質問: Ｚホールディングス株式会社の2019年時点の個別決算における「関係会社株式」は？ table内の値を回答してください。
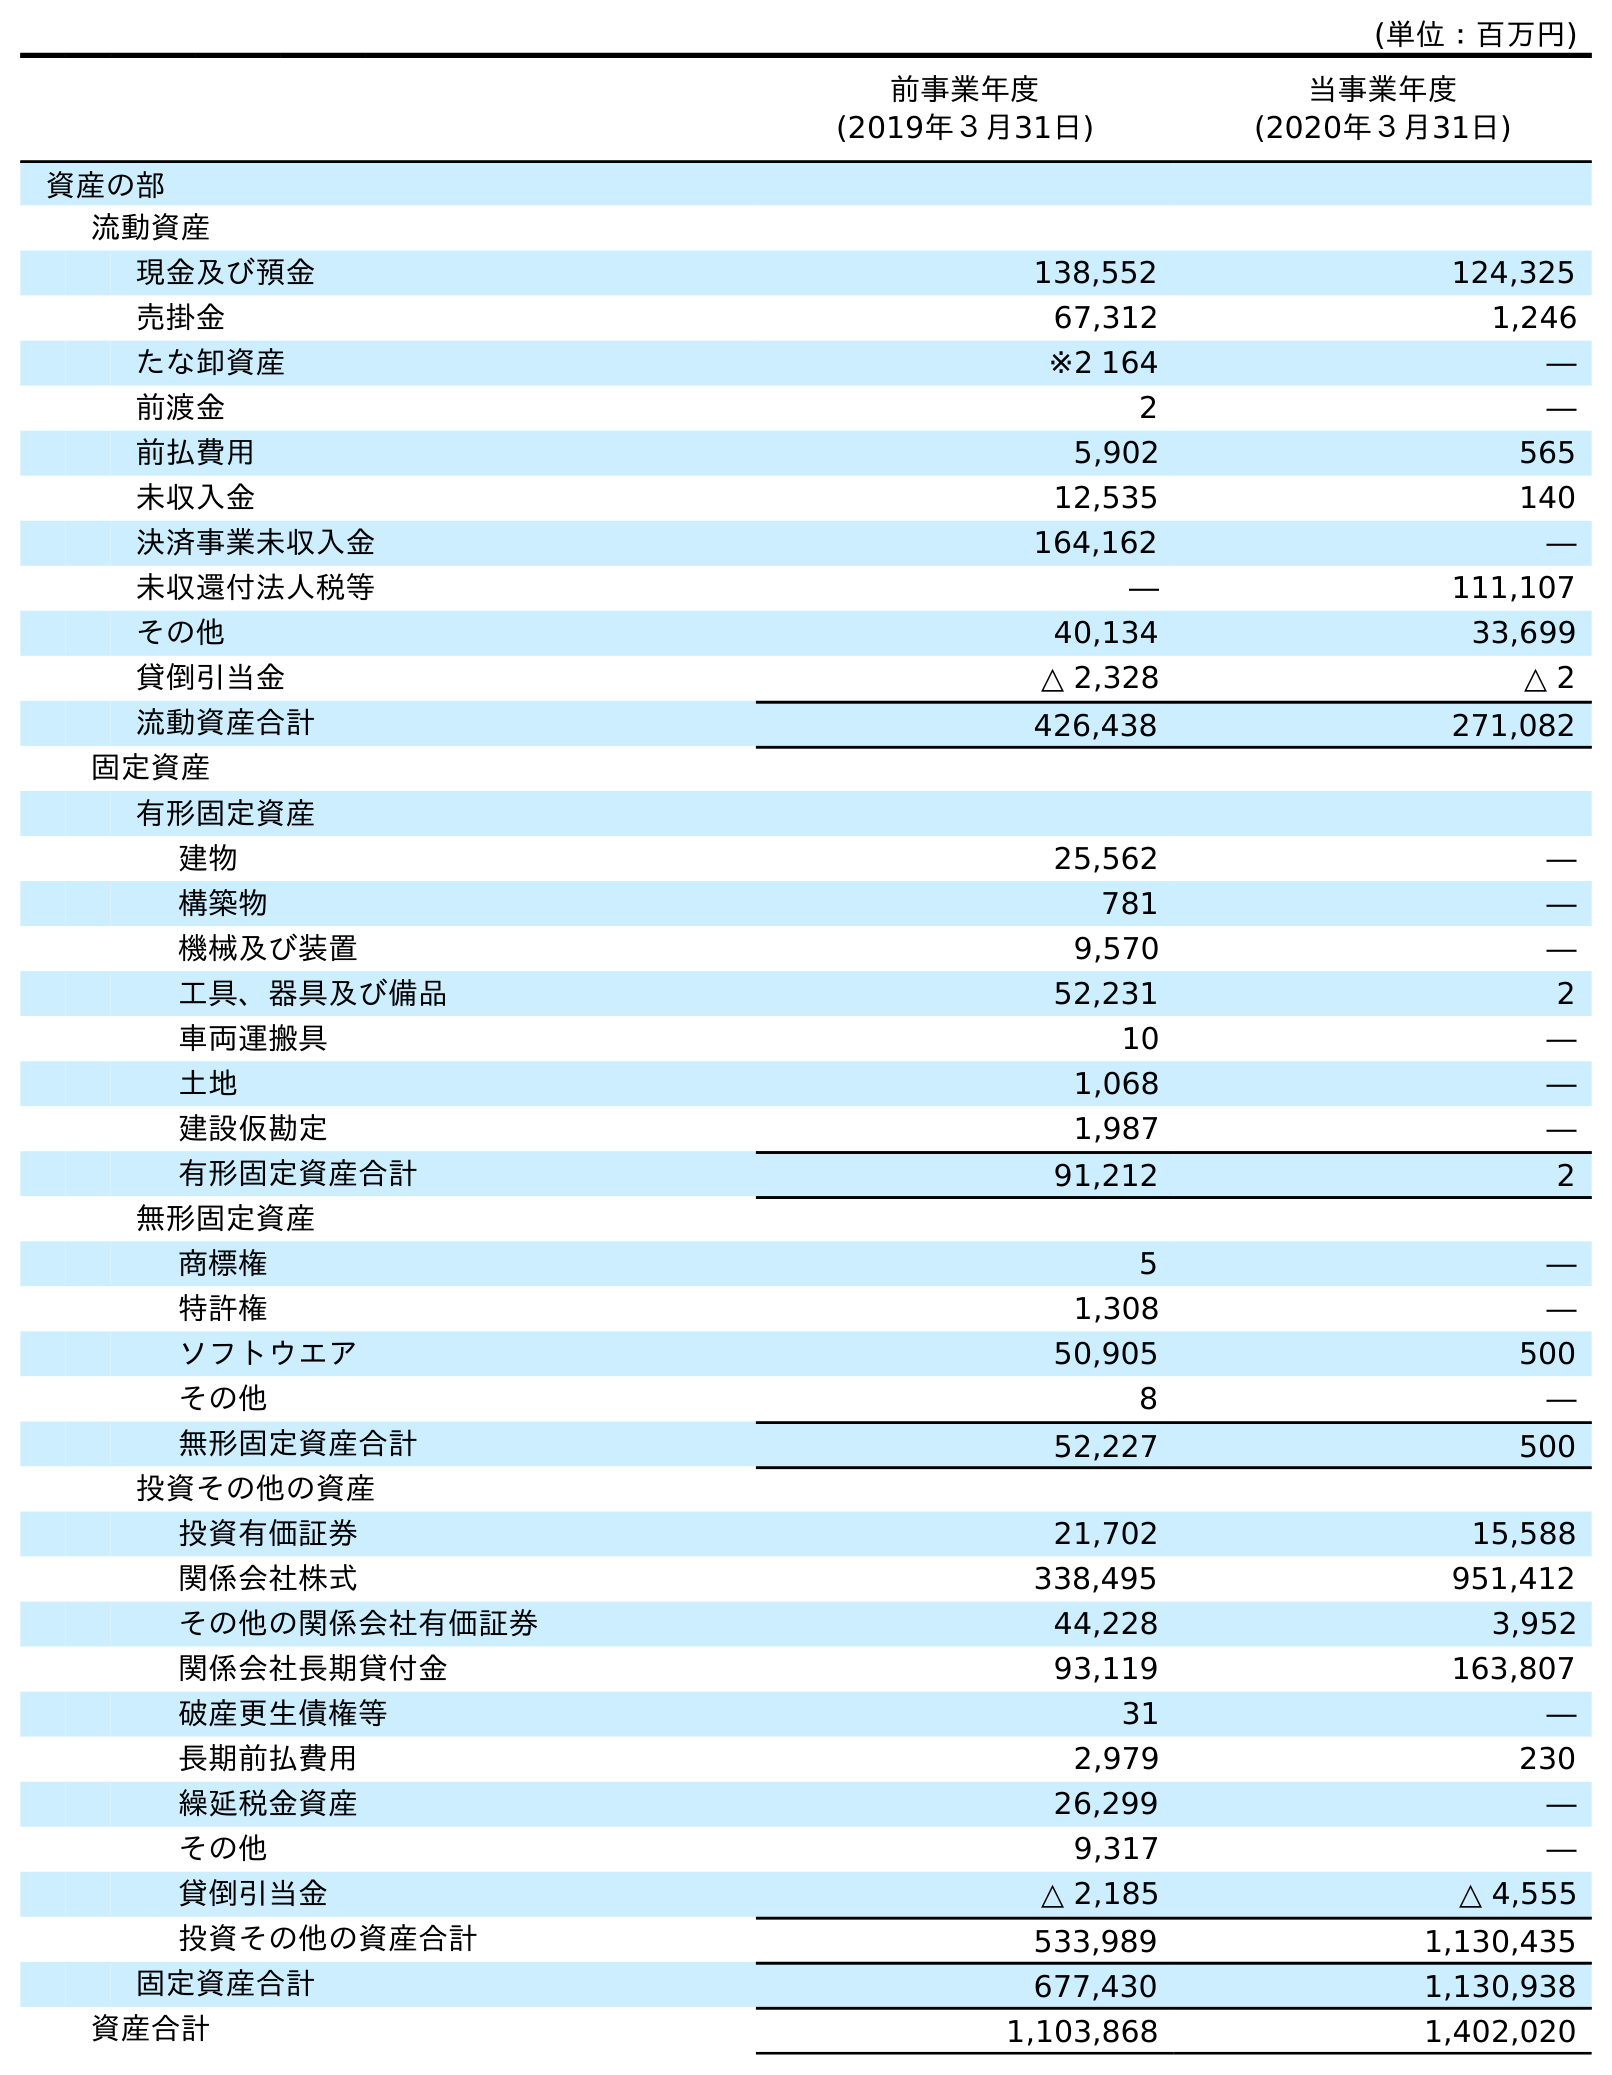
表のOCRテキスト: (単位：百万円) 前事業年度 (2019年３月31日) 当事業年度 (2020年３月31日) 資産の部 流動資産 現金及び預金 138,552 124,325 売掛金 67,312 1,246 たな卸資産 ※2 164 ― 前渡金 2 ― 前払費用 5,902 565 未収入金 12,535 140 決済事業未収入金 164,162 ― 未収還付法人税等 ― 111,107 その他 40,134 33,699 貸倒引当金 △ 2,328 △ 2 流動資産合計 426,438 271,082 固定資産 有形固定資産 建物 25,562 ― 構築物 781 ― 機械及び装置 9,570 ― 工具、器具及び備品 52,231 2 車両運搬具 10 ― 土地 1,068 ― 建設仮勘定 1,987 ― 有形固定資産合計 91,212 2 無形固定資産 商標権 5 ― 特許権 1,308 ― ソフトウエア 50,905 500 その他 8 ― 無形固定資産合計 52,227 500 投資その他の資産 投資有価証券 21,702 15,588 関係会社株式 338,495 951,412 その他の関係会社有価証券 44,228 3,952 関係会社長期貸付金 93,119 163,807 破産更生債権等 31 ― 長期前払費用 2,979 230 繰延税金資産 26,299 ― その他 9,317 ― 貸倒引当金 △ 2,185 △ 4,555 投資その他の資産合計 533,989 1,130,435 固定資産合計 677,430 1,130,938 資産合計 1,103,868 1,402,020
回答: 338,495